Civil Veterinary Dept. Bombay admin report 1893-99 - 1893-1899
Year: 1893
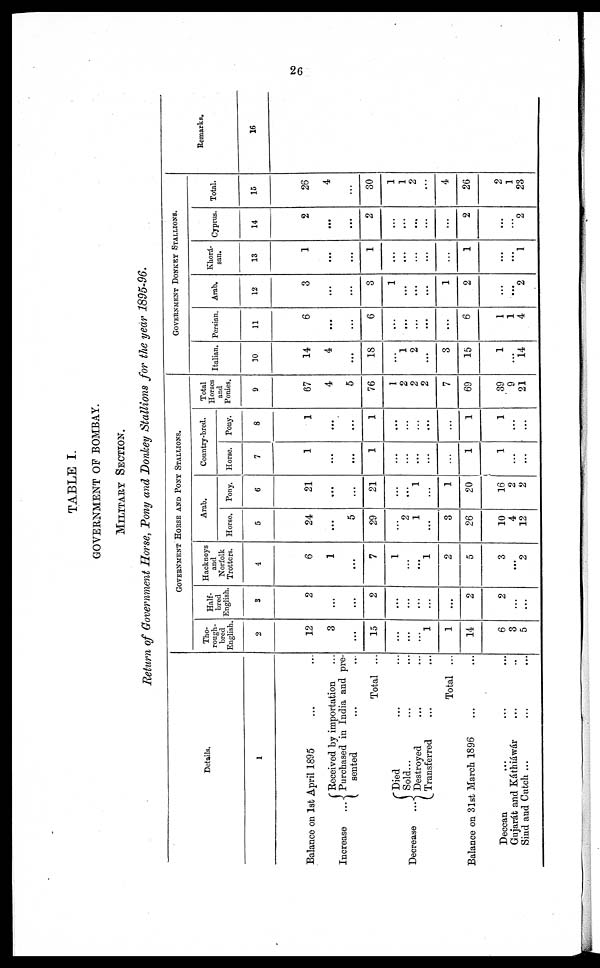
26
TABLE I.
GOVERNMENT OF BOMBAY.
MILITARY SECTION.
Return of Government Horse, Pony and Donkey Stallions for the year 1895-96.
Details.
1
Balance on 1st April 1895 … …
Increase ...
Decrease ...
Received by importation …
Purchased in India and pre-
sented … …
Total ...
Died … …
Sold... … …
Destroyed … …
Transferred … …
Total ...
Balance on 31st March 1896 … …
Deccan … … …
Gujarát and Káthiáwár … …
Sind and Cutch … … …
GOVERNMENT HORSE AND PONT STALLIONS.
Tho-
rough-
bred
English.
2
12
3
...
15
…
…
…
1
1
14
6
3
5
Half-
bred
English.
3
2
…
...
2
…
…
...
...
...
2
2
…
...
Hackneys
and
Norfolk
Trotters.
4
6
1
...
7
1
…
…
1
2
5
3
…
2
Arab.
Horse.
5
24
...
5
29
…
2
1
...
3
26
10
4
12
Pony.
6
21
...
...
21
…
…
1
...
1
20
16
2
2
Country-bred.
Horse.
7
1
…
...
1
…
…
...
...
…
1
1
...
...
Pony.
8
1
…
...
1
…
…
…
...
...
1
1
...
...
Total
Horses
and
Ponies.
9
67
4
5
76
1
2
2
2
7
69
39
9
21
GOVERNMENT DONKEY STALLIONS.
Italian.
10
14
4
...
18
…
1
2
...
3
15
1
...
14
Persian.
11
6
...
...
6
…
...
...
...
...
6
1
1
4
Arab.
12
3
…
...
3
1
...
…
...
1
2
…
…
2
Khorá-
san.
13
1
…
...
1
...
...
…
...
…
1
…
...
1
Cyprus.
14
2
...
...
2
…
…
...
...
…
2
…
…
2
Total.
15
26
4
...
30
1
1
2
...
4
26
2
1
23
Remarks.
16